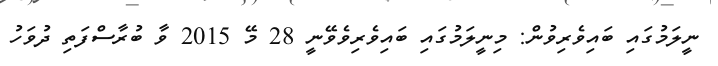
ނީލަމުގައި ބައިވެރިވުން: މިނީލަމުގައި ބައިވެރިވެވޭނީ 28 މޭ 2015 ވާ ބުރާސްފަތި ދުވަހު